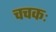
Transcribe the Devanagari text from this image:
चचकः